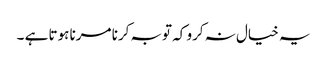
یہ خیال نہ کرو کہ توبہ کرنا مرنا ہوتا ہے ۔